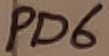
Text: PD6